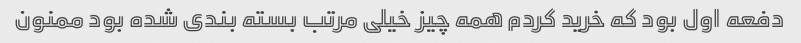
دفعه اول بود که خرید کردم همه چیز خیلی مرتب بسته بندی شده بود ممنون